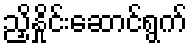
ညှိနှိုင်းဆောင်ရွက်